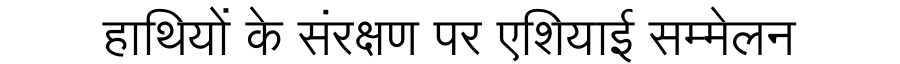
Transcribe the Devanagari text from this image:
हाथियों के संरक्षण पर एशियाई सम्मेलन